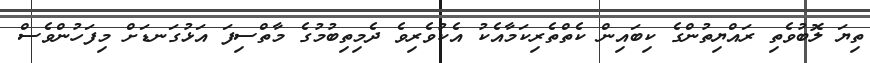
ތިޔަ ލޮބުވެތި ރައްޔިތުންގެ ކިބައިން ކެތްތެރިކަމާއެކު އެކުވެރިވެ ދެމިތިބުމުގެ މާތްސިފަ އަޅުގަނޑަށް މިފަހުންވެސް